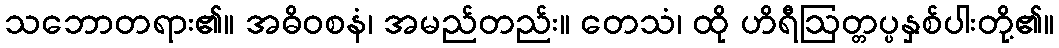
သဘောတရား၏။ အဓိဝစနံ၊ အမည်တည်း။ တေသံ၊ ထို ဟိရီဩတ္တပ္ပနှစ်ပါးတို့၏။